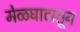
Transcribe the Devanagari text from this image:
मेळघाटातून